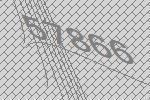
57866